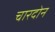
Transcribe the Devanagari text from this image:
चारदोन